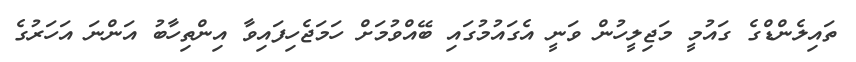
ތައިލެންޑްގެ ގައުމީ މަޖިލީހުން ވަނީ އެގައުމުގައި ބޭއްވުމަށް ހަމަޖެހިފައިވާ އިންތިހާބު އަންނަ އަހަރުގެ